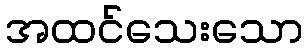
အထင်သေးသော